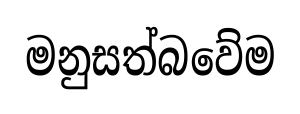
මනුසත්බවේම